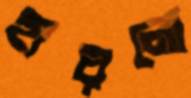
হারলো